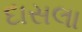
દાસલા